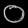
Digit: ၀